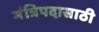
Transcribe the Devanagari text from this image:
मंत्रिपदासाठी